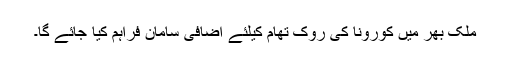
ملک بھر میں کورونا کی روک تھام کیلئے اضافی سامان فراہم کیا جائے گا۔